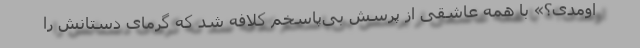
اومدی؟» با همه عاشقی از پرسش بی‌پاسخم کلافه شد که گرمای دستانش را